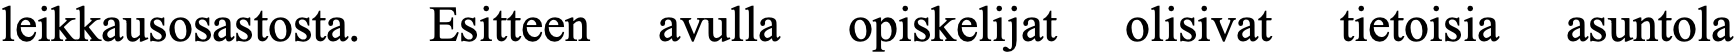
leikkausosastosta. Esitteen avulla opiskelijat olisivat tietoisia asuntola